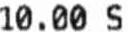
10.00 S